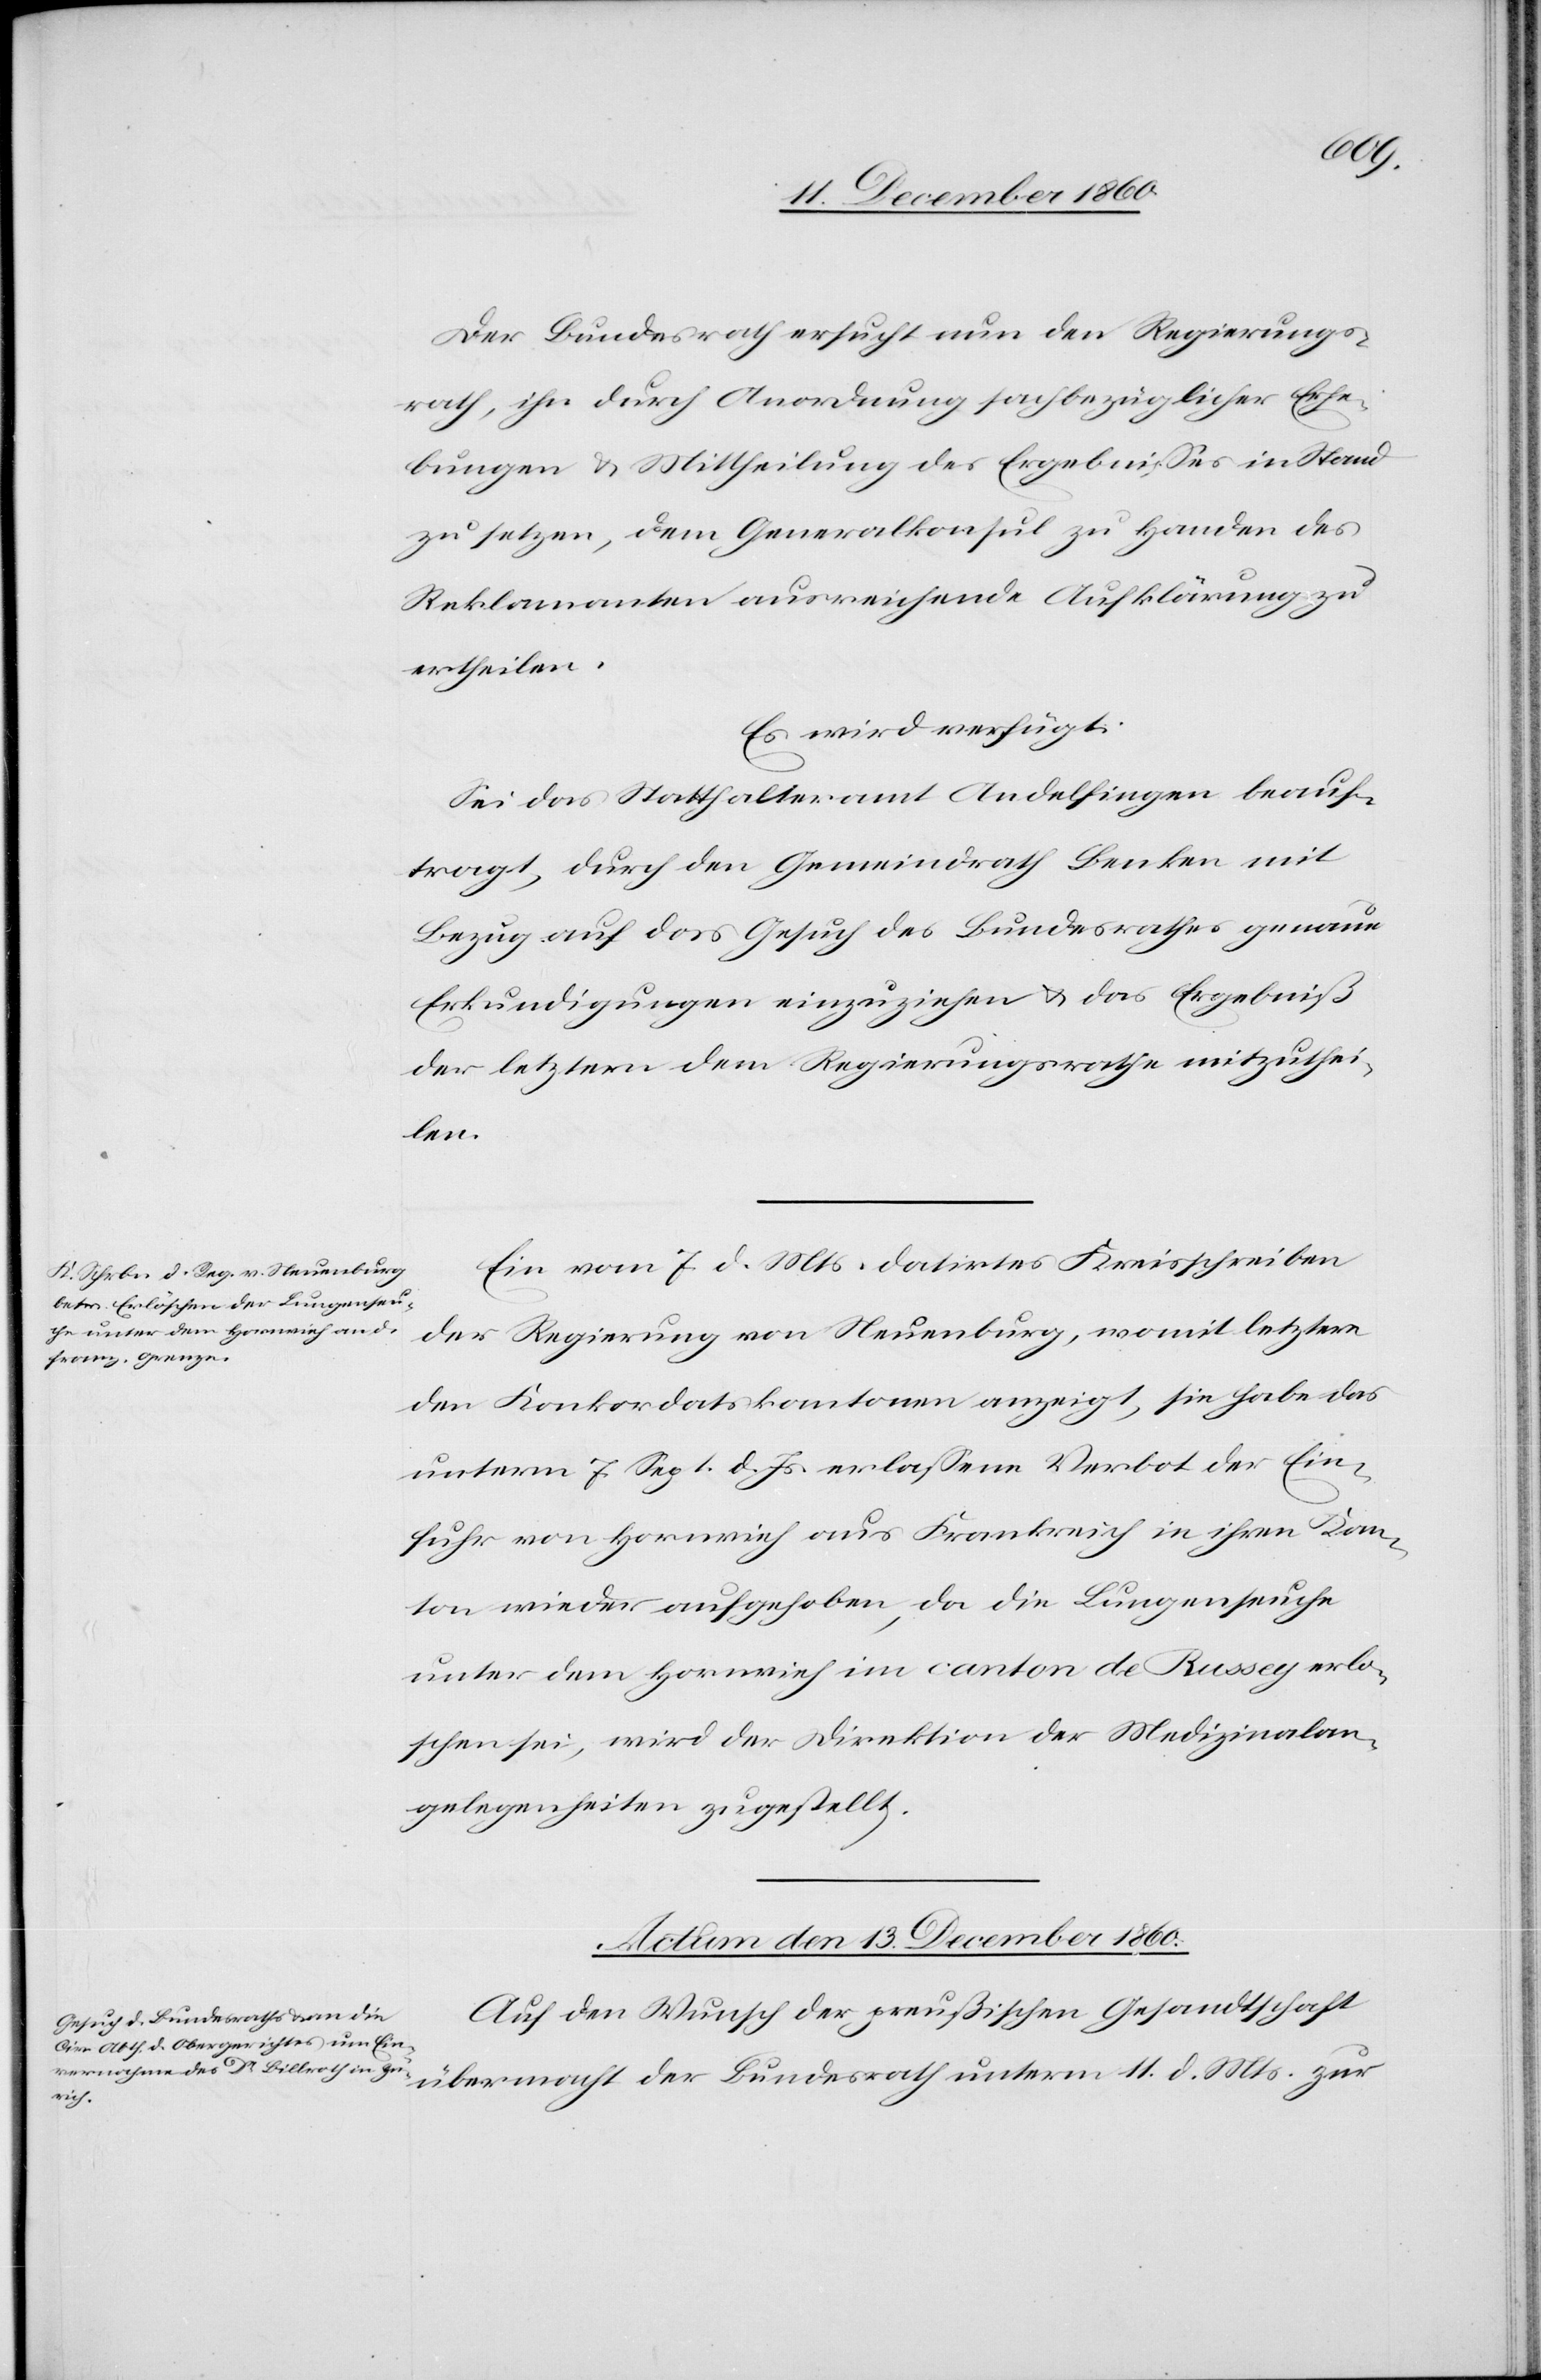
Der Bundesrath ersucht nun den Regierungs¬
rath, ihn durch Anordnung sachbezüglicher Erhe¬
bungen u. Mittheilung der Ergebnisse in Stand
zu setzen, dem Generalskonsul zu Handen des
Reklamanten ausreichende Aufklärung zu
ertheilen.
Es wird verfügt:
Sei das Statthalteramt Andelfingen beauf¬
tragt, durch den Gemeindrath Benken mit
Bezug auf das Gesuch des Bundesrathes genaue
Erkundigungen einzuziehen u. das Ergebniß
der letztern dem Regierungsrathe mitzuthei¬
len.
Ein vom 7. d. Mts. datirtes Kreisschreiben
der Regierung von Neuenburg, womit letztere
den Konkordatskantonen anzeigt, sie habe das
unterm 7. Sept. d. Js. erlassene Verbot der Ein¬
fuhr von Hornvieh aus Frankreich in ihren Kan¬
ton wieder aufgehoben, da die Lungenseuche
unter dem Hornvieh im canton de Russey erlo¬
schen sei, wird der Direktion der Medizinalan¬
gelegenheiten zugestellt.
Actum den 13. December 1860.
Auf den Wunsch der preußischen Gesandtschaft
übermacht der Bundesrath unterm 11. d. Mts. zur